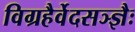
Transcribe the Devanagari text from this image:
विग्रहैर्वेदसञ्ज्ञैः